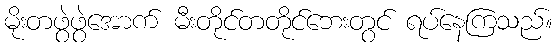
မိုးတဖွဲဖွဲအောက် မီးတိုင်တတိုင်ဘေးတွင် ရပ်နေကြသည်။